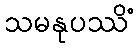
သမနုပဿိံ